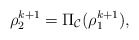
\begin{align*}\rho_2^{k+1} = \Pi_{\mathcal{C}}(\rho_1^{k+1}),\end{align*}